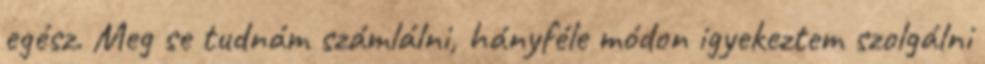
egész. Meg se tudnám számlálni, hányféle módon igyekeztem szolgálni